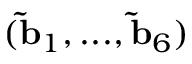
( \mathbf { \tilde { b } } _ { 1 } , . . . , \mathbf { \tilde { b } } _ { 6 } )